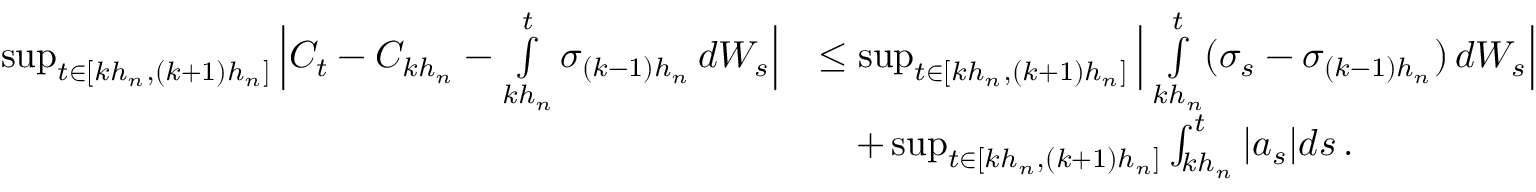
\begin{array} { r l } { \operatorname* { s u p } _ { t \in [ k h _ { n } , ( k + 1 ) h _ { n } ] } \Big | C _ { t } - C _ { k h _ { n } } - \smallint _ { k h _ { n } } ^ { t } \sigma _ { ( k - 1 ) h _ { n } } \, d W _ { s } \Big | } & { \le \operatorname* { s u p } _ { t \in [ k h _ { n } , ( k + 1 ) h _ { n } ] } \Big | \smallint _ { k h _ { n } } ^ { t } ( \sigma _ { s } - \sigma _ { ( k - 1 ) h _ { n } } ) \, d W _ { s } \Big | } \\ & { \quad + \operatorname* { s u p } _ { t \in [ k h _ { n } , ( k + 1 ) h _ { n } ] } \int _ { k h _ { n } } ^ { t } | a _ { s } | d s \, . } \end{array}